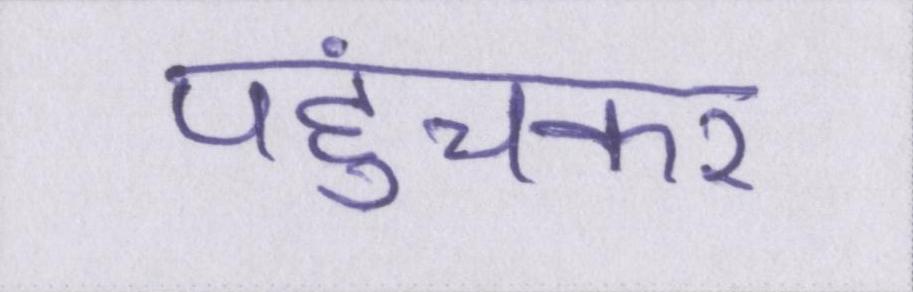
पहुंचकर